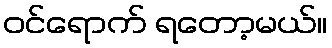
ဝင်ရောက် ရတော့မယ်။